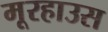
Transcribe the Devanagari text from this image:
मूरहाउस